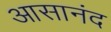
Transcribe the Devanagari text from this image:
आसानंद